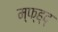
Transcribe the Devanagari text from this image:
म्फ्ह्द्